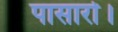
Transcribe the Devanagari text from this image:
पासारो।